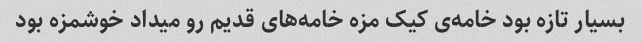
بسیار تازه بود خامه‌ی کیک مزه خامه‌های قدیم رو میداد خوشمزه بود